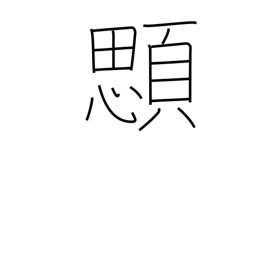
Meaning: gills of a fish